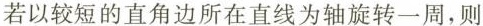
若以较短的直角边所在直线为轴旋转一周，则